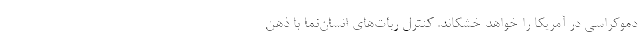
دموکراسی در آمریکا را خواهد خشکاند. کنترل ربات‌های انسان‌نما با ذهن